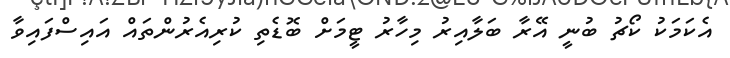
އެކަމަކު ކޯޗު ބުނީ އޭރާ ބަލާއިރު މިހާރު ޓީމަށް ބޮޑެތި ކުރިއެރުންތައް އައިސްފައިވާ